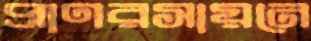
প্রাণরসায়নে